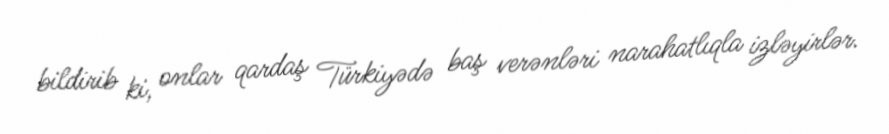
bildirib ki, onlar qardaş Türkiyədə baş verənləri narahatlıqla izləyirlər.